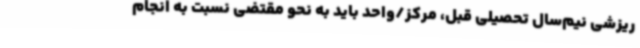
ریزشی نیم‌سال تحصیلی قبل، مرکز/واحد باید به نحو مقتضی نسبت به انجام